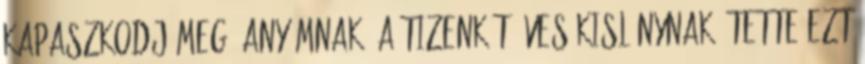
kapaszkodj meg: anyámnak, a tizenkét éves kislánynak. Tette ezt